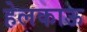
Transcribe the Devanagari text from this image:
हेलकाऊ